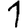
Digit: 1